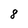
Character: 8